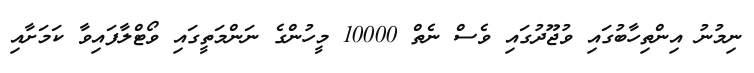
ނިމުނު އިންތިހާބުގައި ވުޖޫދުގައި ވެސް ނެތް 10000 މީހުންގެ ނަންމަތީގައި ވޯޓްލާފައިވާ ކަމަށާއި